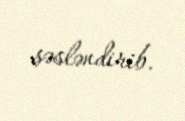
səsləndirib.